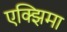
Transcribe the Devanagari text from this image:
एक्झिमा